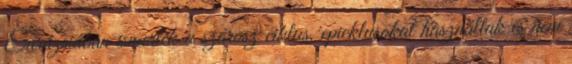
Eurázsiában ismerték a szárosz ciklus, epicklusokat használtak és nem